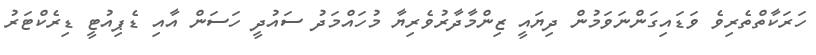
ހަރަކާތްތެރިވެ ވަޑައިގަންނަވަމުން ދިޔައީ ޒިންމާދާރުވެރިޔާ މުހައްމަދު ސައުދީ ހަސަން އާއި ޑެޕިއުޓީ ޑިރެކްޓަރު